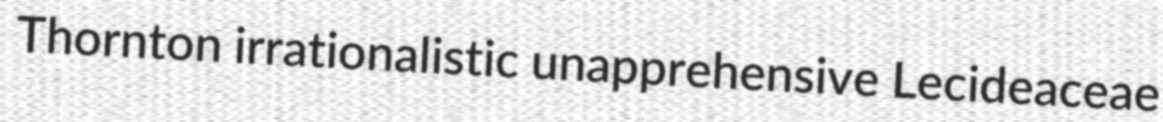
Thornton irrationalistic unapprehensive Lecideaceae